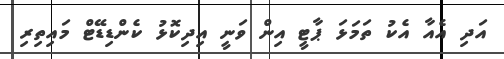
އަދި އެއާ އެކު ތަމަޅަ ޕާޓީ އިން ވަނީ އިދިކޮޅު ކެންޑިޑޭޓް މައިތިރި